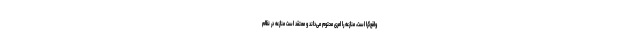
واقع‌گرا است، منازعه را امری محتوم می‌داند و معتقد است منازعه در نظام